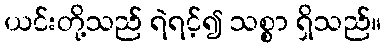
ယင်းတို့သည် ရဲရင့်၍ သစ္စာ ရှိသည်။